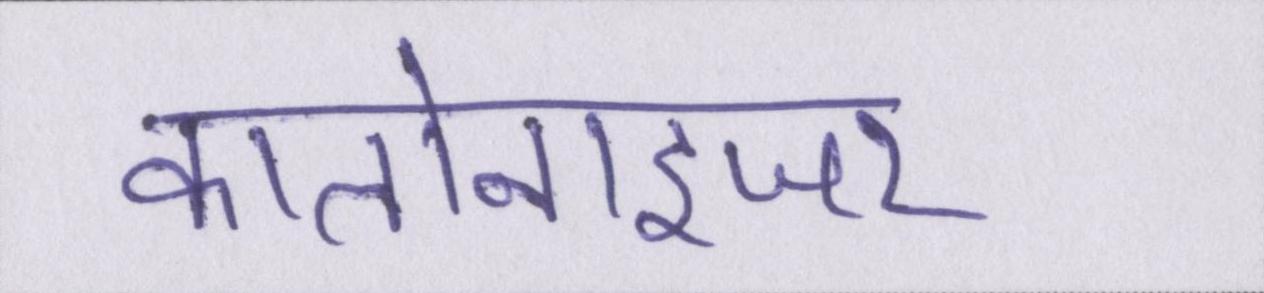
कालोनाइजर